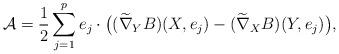
LaTeX: \begin{align*}\mathcal{A}= \frac{1}{2} \sum_{j=1}^p e_j \cdot \big( (\widetilde{\nabla}_YB)(X,e_j)-(\widetilde{\nabla}_XB)(Y,e_j) \big),\end{align*}